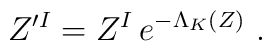
Z'^I=Z^I\,e^{-\Lambda_K(Z)} \ .